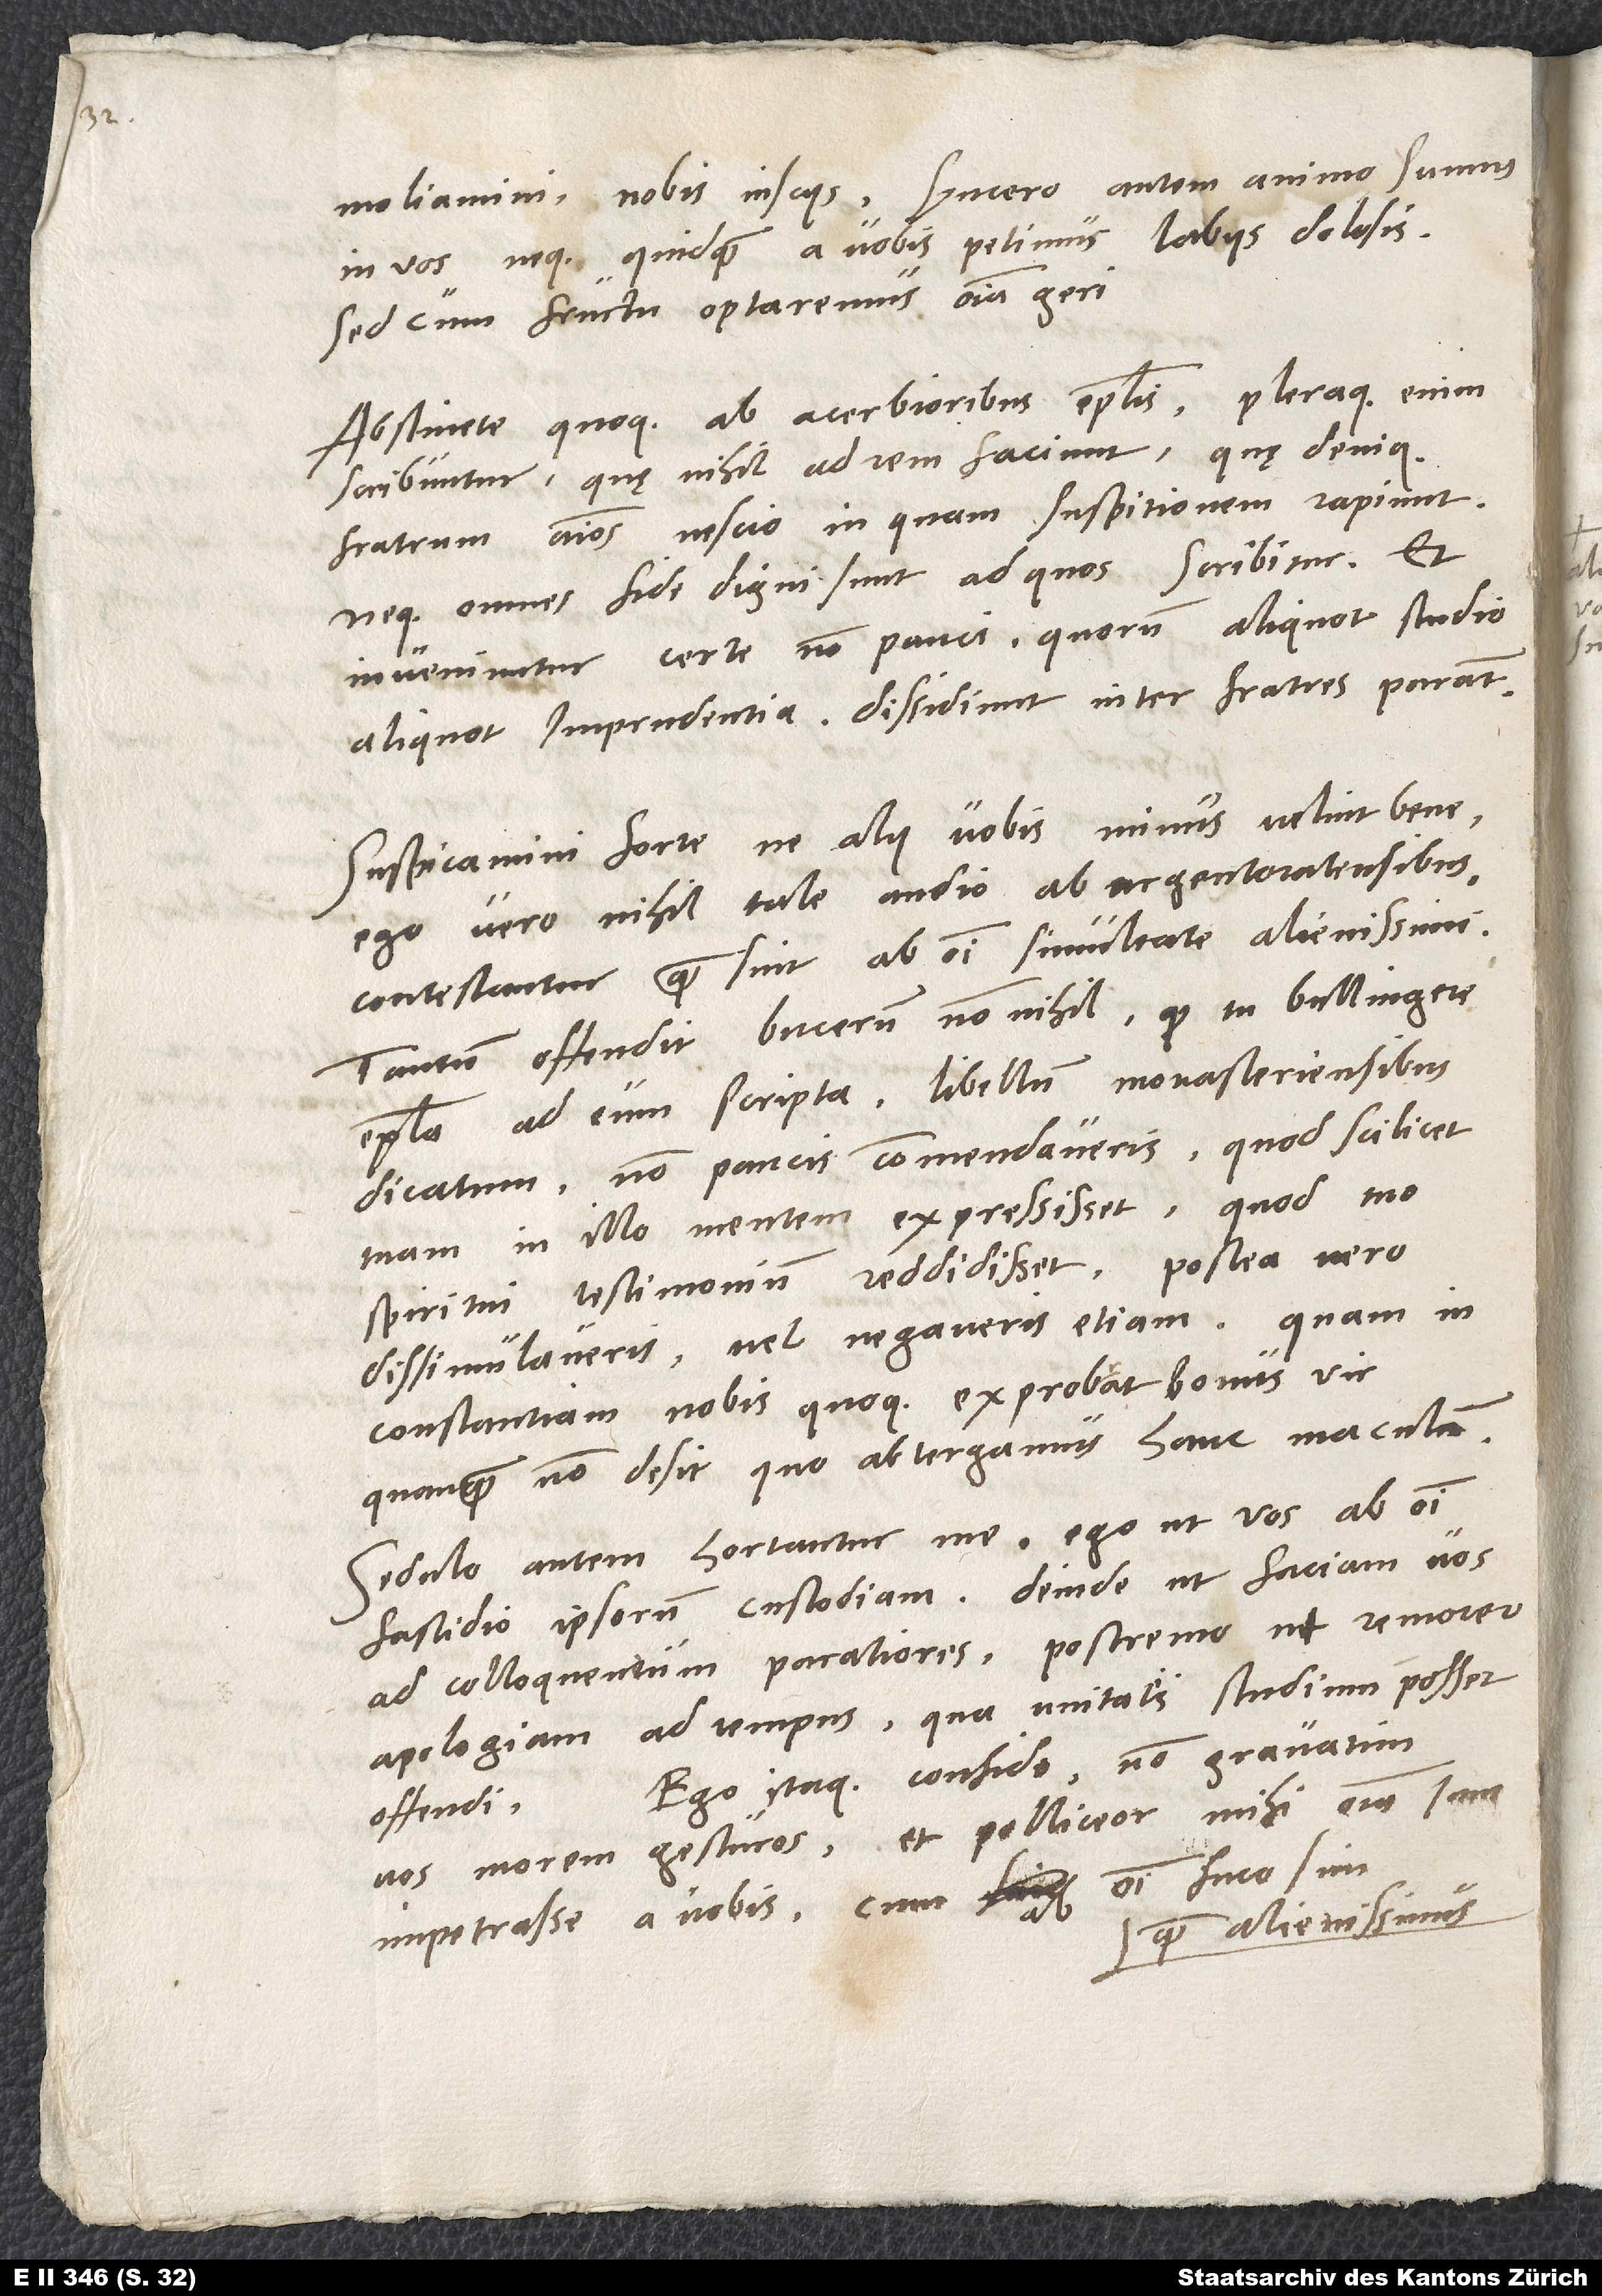
3.

moliamini nobis insciis. Syncero autem animo sumus
in vos neque quidquam a vobis petimus labiis dolosis,
sed cum fructu optaremus omnia geri.
Abstinete quoque ab acerbioribus epistolis; pleraque enim
scribuntur, quae nihil ad rem faciunt, quę denique
fratrum animos nescio in quam suspitionem rapiunt,
neque omnes fide digni sunt, ad quos scribitur, et
inveniuntur certe non pauci, quorum aliquot studio,
aliquot imprudentia dissidium inter fratres parant.
Suspicamini forte, ne alii vobis minus velint bene.
Ego vero nihil tale audio ab Argentoratensibus.
Contestantur, quam sint ab omni simultate alienissimi.
Tantum offendit Bucerum nonnihil, quod tu, Bullingere,
epistola ad eum scripta libellum Monasteriensibus
dicatum non paucis commendaveris, quod scilicet
tuam in illo mentem expressisset, quod tuo
spiritui testimonium reddidisset, postea vero
dissimulaveris vel negaveris etiam. Quam
inconstantiam nobis quoque exprobrat bonus vir,
quanquam non desit, quo abtergamus hanc maculam.
Sedulo autem hortantur me, ego ut vos ab omni
fastidio ipsorum custodiam, deinde, ut faciam vos
ad colloquendum paratiores, postremo, ut remorer
apologiam ad tempus, qua unitatis studium posset
Ego itaque confido non gravatim
offendi.
vos morem gesturos et polliceor mihi omnia iam
impetrasse a vobis, cum ab omni fuco sim
quam alienissimus